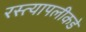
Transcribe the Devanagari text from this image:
रस्त्यापलीकडे